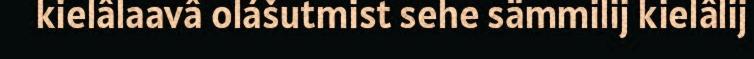
kielâlaavâ olášutmist sehe sämmilij kielâlij